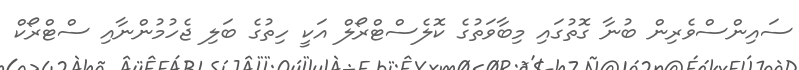
ސައިންސްވެރިން ބުނާ ގޮތުގައި މިބާވަތުގެ ކޮލެސްޓްރޯލް އަކީ ހިތުގެ ބަލި ޖެހުމުންނާއި ސްޓްރޯކް